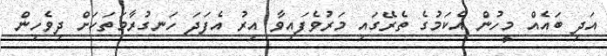
އަދި ބައެއް މީހުން އެކަމުގެ ތެރޭގައި މަރުވެފައިވާ އިރު އެފަދަ ހަނގުރާމަތަކަށް ދިވެހިން